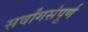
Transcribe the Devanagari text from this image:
सर्वांगसंपूर्ण